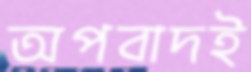
অপবাদই